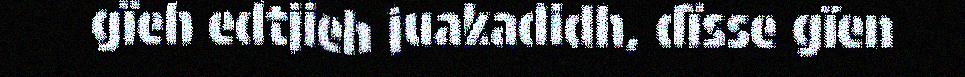
gïeh edtjieh juakadidh, dïsse gïen